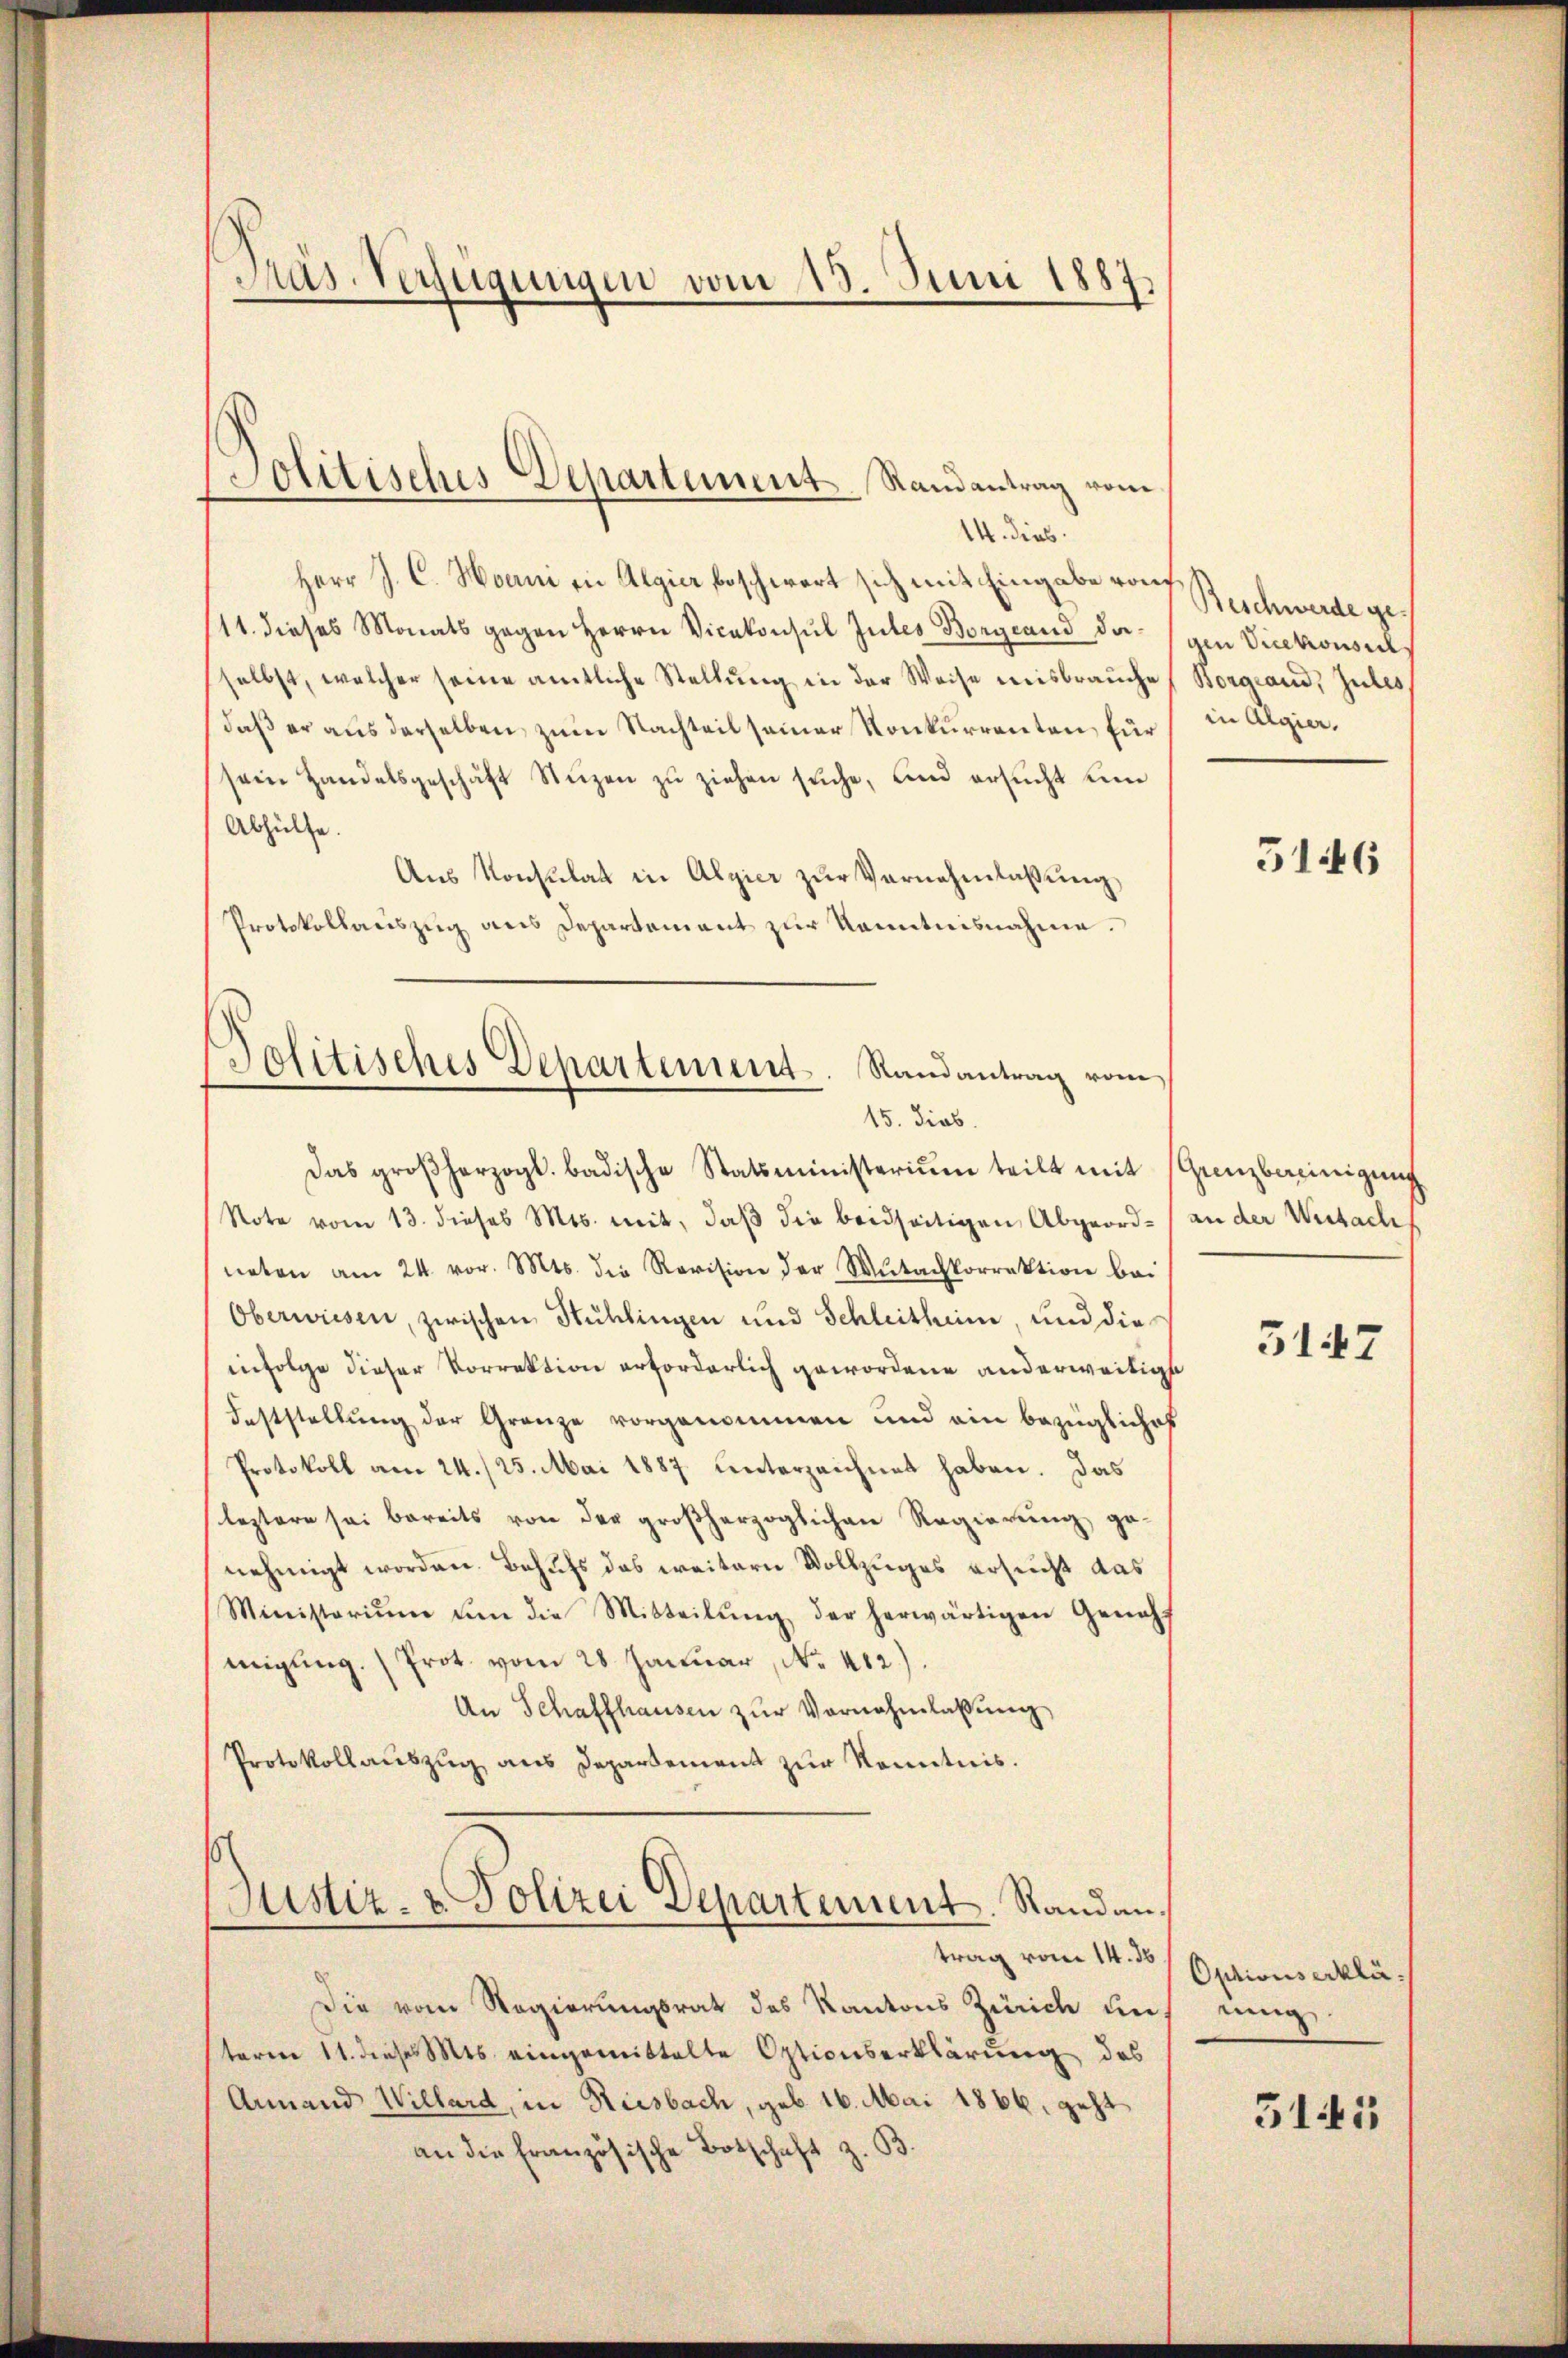
14. dies
Herr J. C. Hoeni in Algier beschwert sich mit Eingabe rauf
11. dieses Monats gegen Herrn Vicekonsul Jutes Borgeand da gen Vicekonsil
selbst, welcher seine amtliche Stellŭng in der Weise misbrauche
daß er aus derselben, zum Nachteil seiner Konkurrenten, für
sein Handelsgeschäft Stüzen zŭ ziehen sŭche, und ersŭcht un
Abhülfe.
Aus Konsulat in Algier zŭr Vernehmlassung
Protokollauszug aus Departement zur Kenntnisnahme.
Politisches Departement. Randantrag vom

Pas-Verfügungen vom 15. Juni 1887

Jolitisches Departement Randantrag vom

15. Sieb.

Das großherzogl. badische Statsministerium teilt mit Grenzbereinigung
Note vom 13. dieses Mts. mit, daβ die beidseitigen Abgeord- an der Wisbachs
neten am 24. vor. Mts. die Revision der Mŭtachkorrektion bei
Oberwiesen, zwischen Stuhlingen und Schleithen, und die
infolge dieser Vorrektion erforderlich gewordene anderweitigt
Feststellung der Granze vorgenommen und ein bezügliches
Protokoll am 24./25. Mai 1887 unterzeichnet haben. Das
leztere sei bereits von der großherzoglichen Regierung ge-
nehmigt worden. Behufs das weitern Vollzuges ersucht das
Ministoriŭm um die Mitteilŭng der herwärtigen Geneh-
migung. (Prot. vom 28. Januar, No. 482).
An Schaffhausen zŭr Vornahmlassŭng
Protokollauszug aus Departement zur Kenntnis.

Justiz- & Polizei Departement. Randantrag vom 14. 36

Die vom Regierungsrat des Kantons Zürich auf einig
term 11. diese Mts. eingemittelte Optionserklärung des
Ainand Willard, in Riesbach, geb. 16. Mai 1866, geht
an die französische Botschaft z. B.

Beschwerde ge
Korgland, Jules
in Algier.

51446

5147

Optionserklä
5145